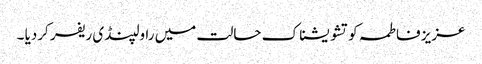
عزیز فاطمہ کو تشو یشناک حالت میں راولپنڈی ریفر کردیا ۔